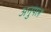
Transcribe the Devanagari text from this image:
अनुपल